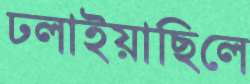
ঢলাইয়াছিলে